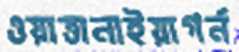
ওয়াত্তানাইয়াগর্ন